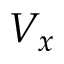
V _ { x }